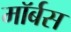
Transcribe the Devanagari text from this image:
मॉर्बस